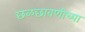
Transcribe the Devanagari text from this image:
छळछावणीच्या